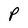
Character: P